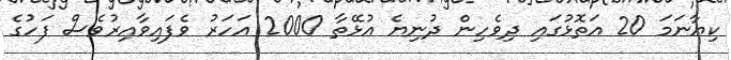
ކިޔާނަމަ 20 އަތޮޅުގައި ދިވެހިން ދުނިޔެ އުޅޭތާ 2000 އަހަރު ވެފައިވާއިރުވެސް ފަހުގެ